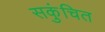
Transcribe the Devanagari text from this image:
सकुंचित